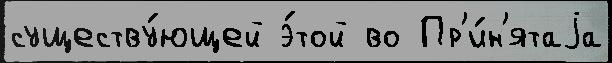
существу́ющей э́той во Пр'и́н'ятаjа